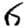
Digit: 6